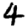
Digit: 4